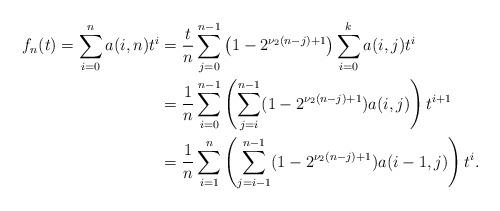
LaTeX: \begin{align*}f_{n}(t)=\sum_{i=0}^{n}a(i,n)t^{i}&=\frac{t}{n}\sum_{j=0}^{n-1}\left(1-2^{\nu_{2}(n-j)+1}\right)\sum_{i=0}^{k}a(i,j)t^{i}\\&=\frac{1}{n}\sum_{i=0}^{n-1}\left(\sum_{j=i}^{n-1}(1-2^{\nu_{2}(n-j)+1})a(i,j)\right)t^{i+1}\\&=\frac{1}{n}\sum_{i=1}^{n}\left(\sum_{j=i-1}^{n-1}(1-2^{\nu_{2}(n-j)+1})a(i-1,j)\right)t^{i}.\end{align*}